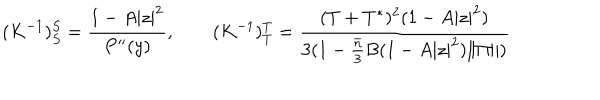
( K ^ { - 1 } ) _ { S } ^ { S } = \frac { 1 - A | z | ^ { 2 } } { P ^ { \prime \prime } ( y ) } , \qquad ( K ^ { - 1 } ) _ { T } ^ { T } = \frac { ( T + T ^ { * } ) ^ { 2 } ( 1 - A | z | ^ { 2 } ) } { 3 ( 1 - \frac { \bar { n } } { 3 } B ( 1 - A | z | ^ { 2 } ) \| \Pi \| ) }